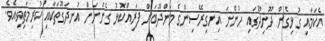
އެކަމާއި ގުޅިގެން ދޫނިދޫގައި ހުންނަ އިނގިރޭސިންގެ މަންދޫބަށް ފަރިއްކޮޅު ގެންނަން އުނދަގޫތަކާއި ކުރިމަތިވިއެވެ.